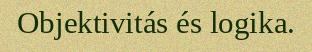
Objektivitás és logika.